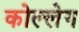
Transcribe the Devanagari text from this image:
कोल्लेग